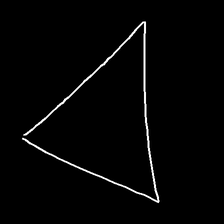
Glyph: convergence